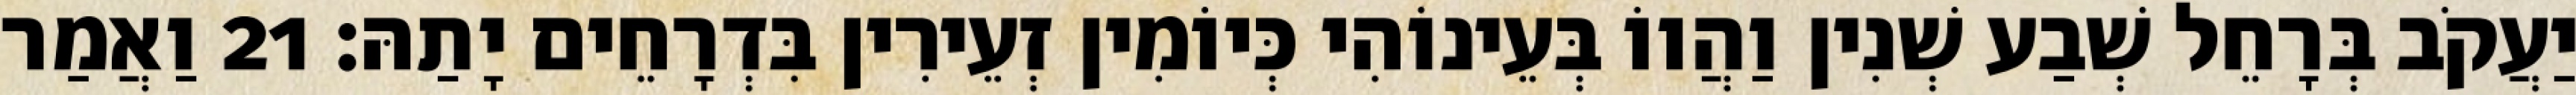
יַעֲקֹב בְּרָחֵל שְׁבַע שְׁנִין וַהֲווֹ בְּעֵינוֹהִי כְּיוֹמִין זְעֵירִין בִּדְרָחֵים יָתַהּ׃ 21 וַאֲמַר